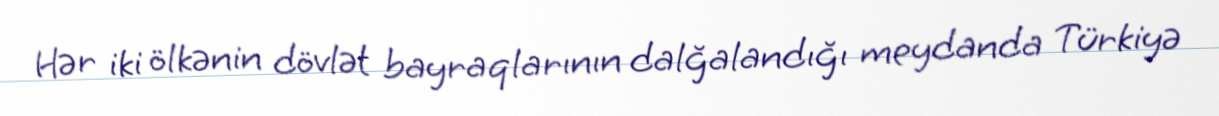
Hər iki ölkənin dövlət bayraqlarının dalğalandığı meydanda Türkiyə